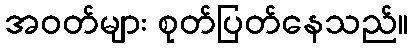
အဝတ်များ စုတ်ပြတ်နေသည်။